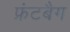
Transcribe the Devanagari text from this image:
फ्रंटबैग